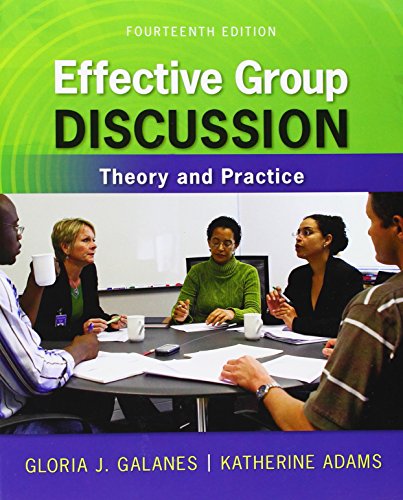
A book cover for Effective Group Discussion: Theory and Practice; Gloria Galanes; Reference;